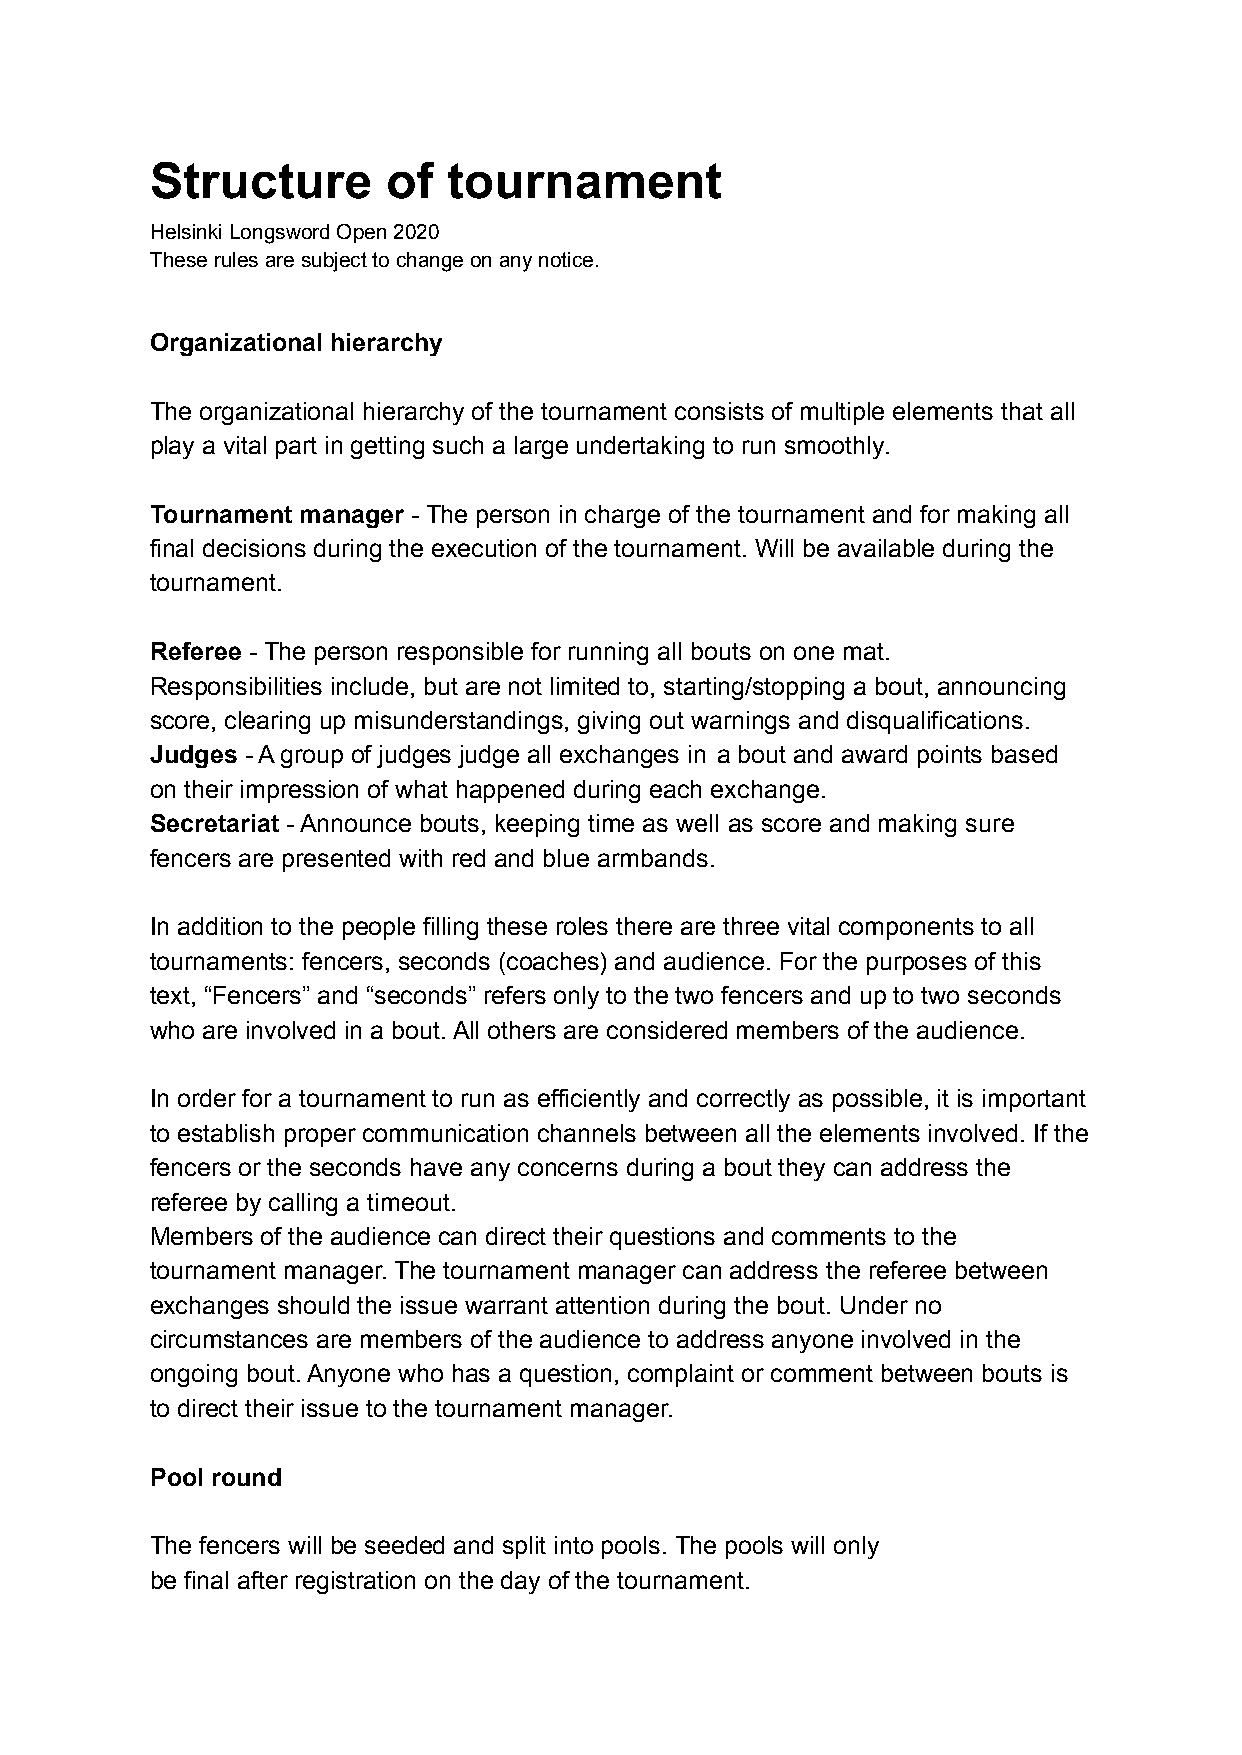
Structure       of  tournament
 Helsinki Longsword Open 2020
 These rules are subject to change on any notice.
 Organizational hierarchy
 The organizational hierarchy of the tournament consists of multiple elements that all
 play a vital part in getting such a large undertaking to run smoothly.
 Tournament manager - The person in charge of the tournament and for making all
 final decisions during the execution of the tournament. Will be available during the
 tournament.
 Referee - The person responsible for running all bouts on one mat.
 Responsibilities include, but are not limited to, starting/stopping a bout, announcing
 score, clearing up misunderstandings, giving out warnings and disqualifications.
 Judges - A group of judges judge all exchanges in a bout and award points based
 on their impression of what happened during each exchange.
 Secretariat - Announce bouts, keeping time as well as score and making sure
 fencers are presented with red and blue armbands.
 In addition to the people filling these roles there are three vital components to all
 tournaments: fencers, seconds (coaches) and audience. For the purposes of this
 text, “Fencers” and “seconds” refers only to the two fencers and up to two seconds
 who are involved in a bout. All others are considered members of the audience.
 In order for a tournament to run as efficiently and correctly as possible, it is important
 to establish proper communication channels between all the elements involved. If the
 fencers or the seconds have any concerns during a bout they can address the
 referee by calling a timeout.
 Members of the audience can direct their questions and comments to the
 tournament manager. The tournament manager can address the referee between
 exchanges should the issue warrant attention during the bout. Under no
 circumstances are members of the audience to address anyone involved in the
 ongoing bout. Anyone who has a question, complaint or comment between bouts is
 to direct their issue to the tournament manager.
 Pool round
 The fencers will be seeded and split into pools. The pools will only
 be final after registration on the day of the tournament.